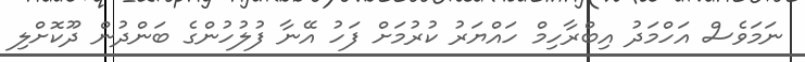
ނަމަވެސް އަހްމަދު އިބްރާހިމް ހައްޔަރު ކުރުމަށް ފަހު އޭނާ ފުލުހުންގެ ބަންދުން ދޫކޮށްލި